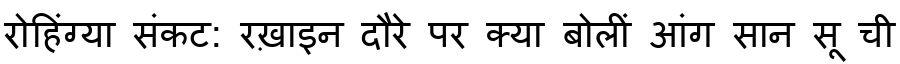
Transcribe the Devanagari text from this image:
रोहिंग्या संकट: रख़ाइन दौरे पर क्या बोलीं आंग सान सू ची